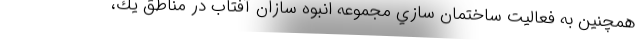
همچنین به فعاليت ساختمان سازي مجموعه انبوه سازان آفتاب در مناطق يك،